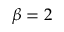
\beta = 2